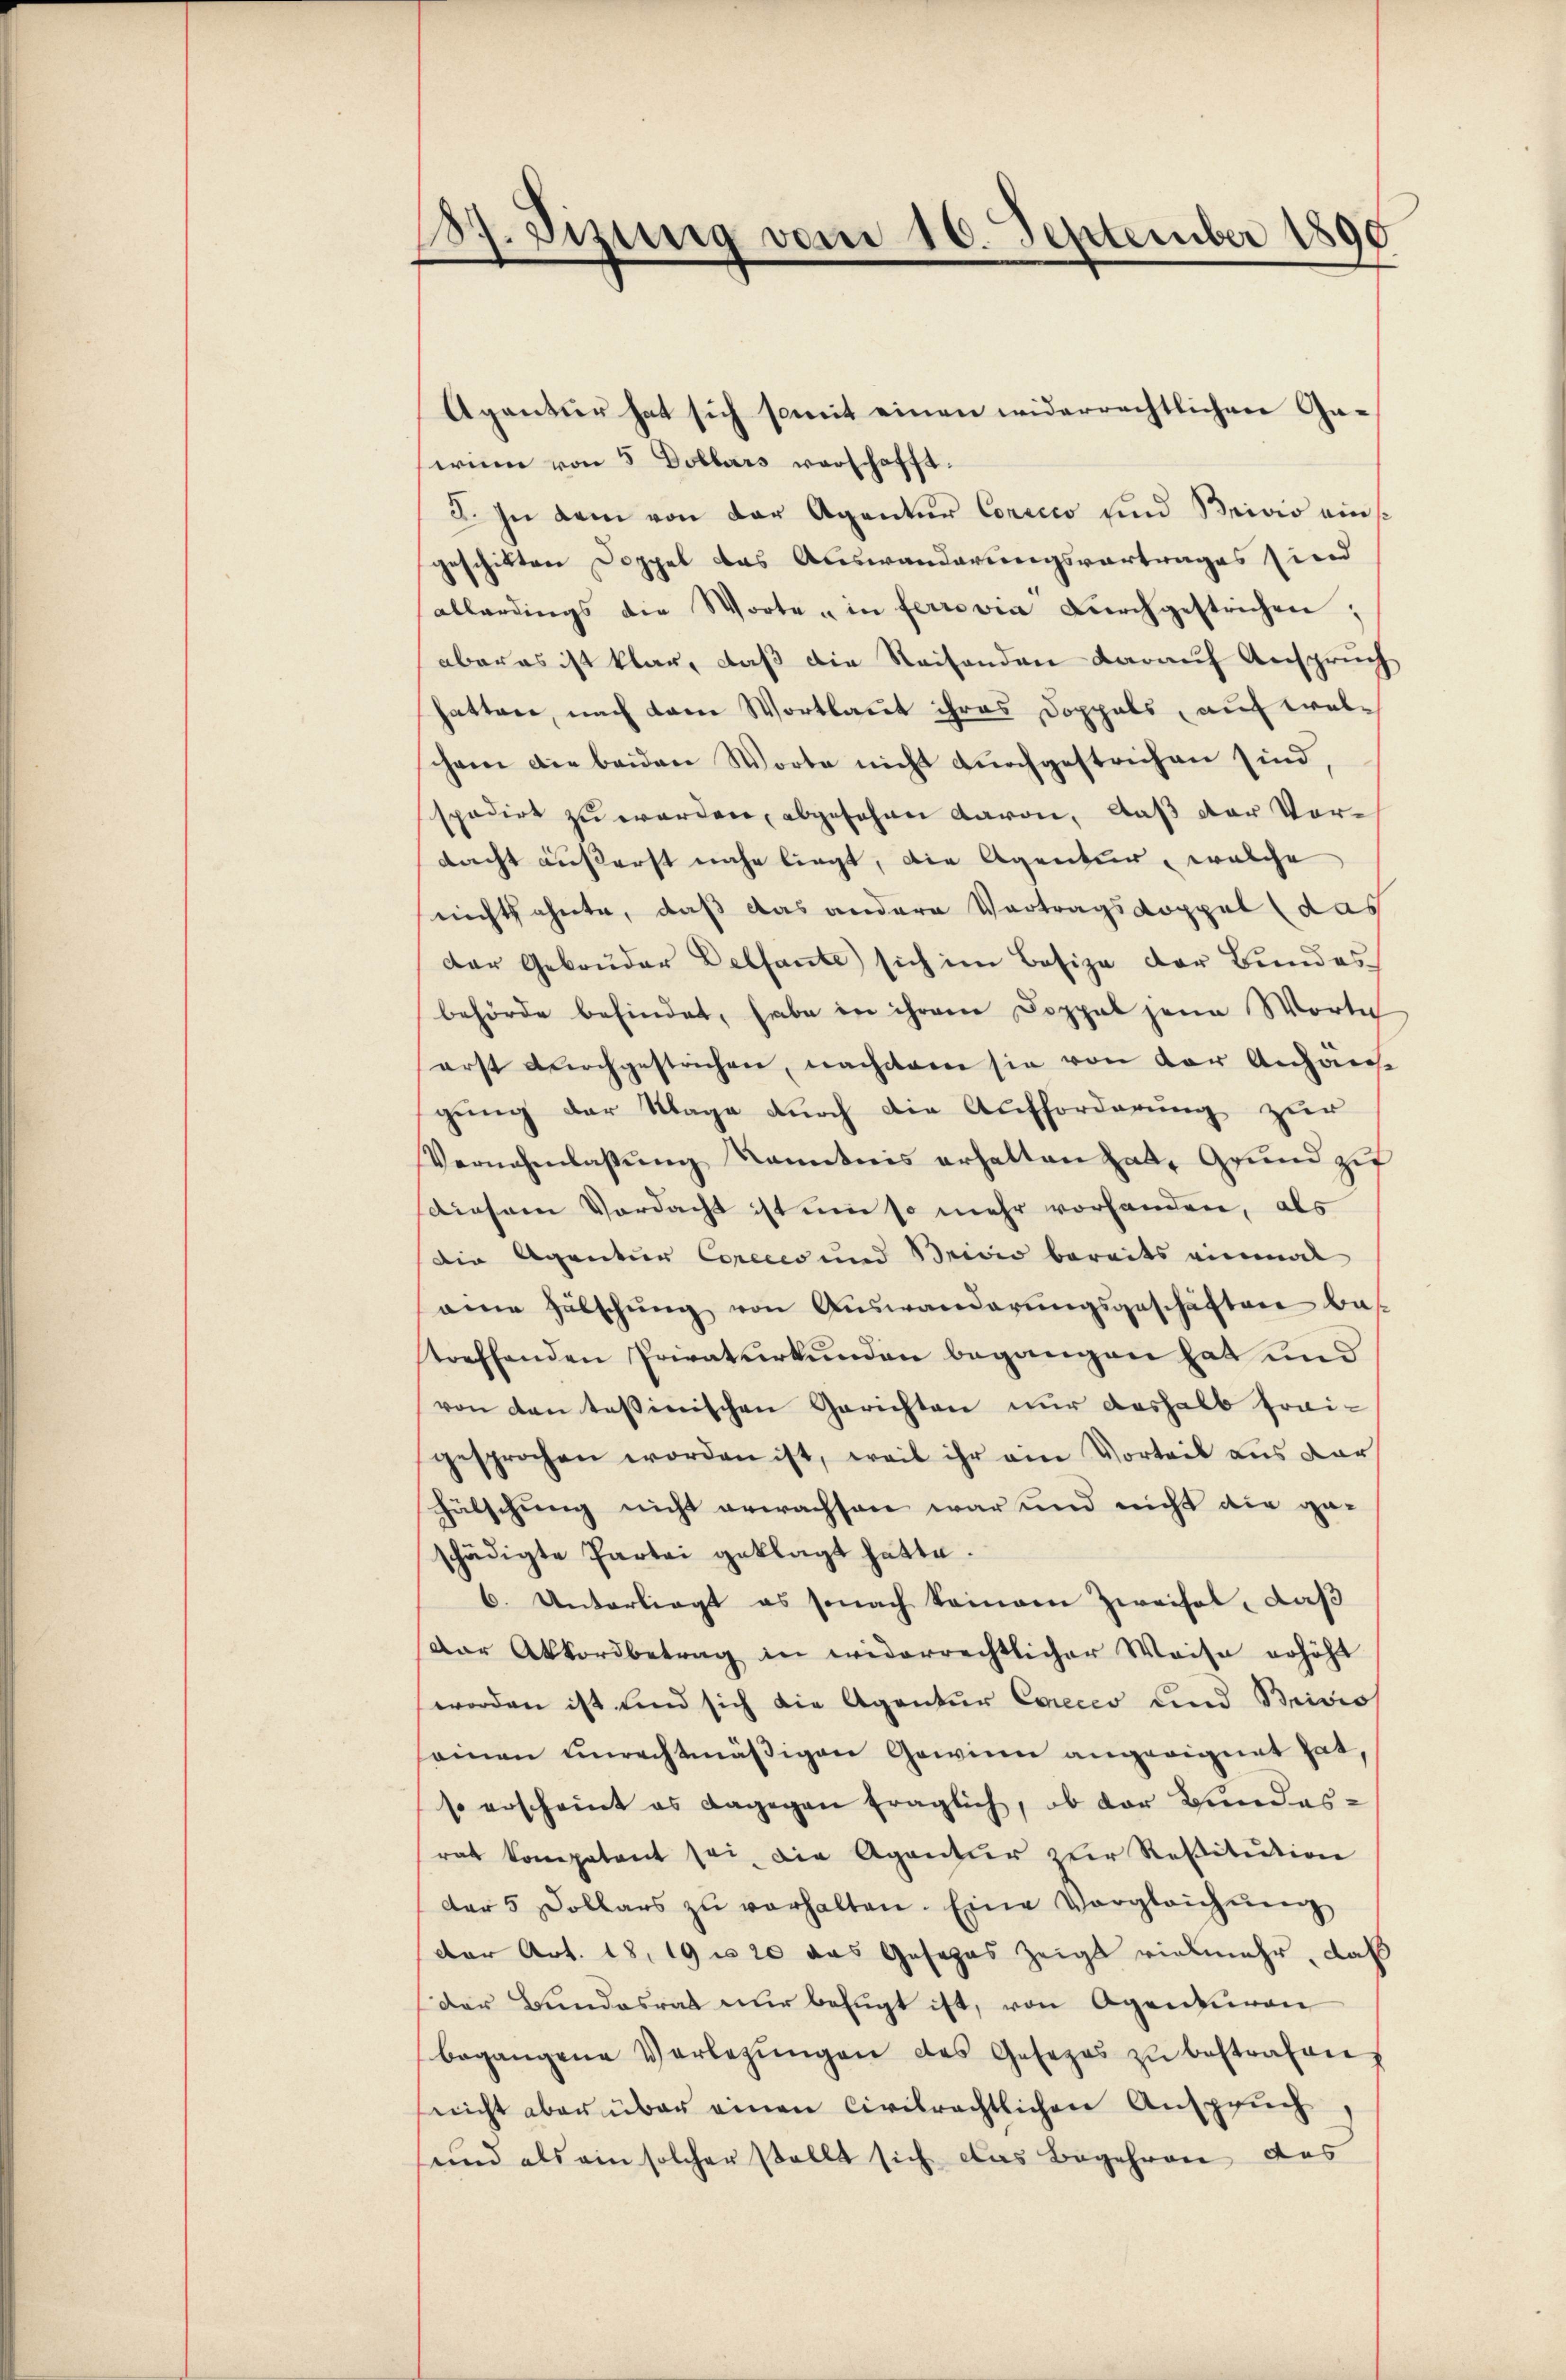
87. Sizinig vom 16. September 1890

Agentur hat sich somit einen widerrechtlichen Ga-
winn von 5 Dollars verschafft.
3. In dem von der Agentur Corsico und Brivio eins
geschikten Doppel das Auswanderungsvortrages sind
allerdings die Worte " in ferrovia Dŭrchgestrichen,
aber es ist klar, daß die Reisenden darauf Anspruch
hatten, nach dem Wortlaut ihres Doppels, auf welchem die beiden Worte nicht dŭrchgestrichen sind,
spedirt zu werden, abgesehen davon, daß der Vordacht äußerst nahe liegt, die Agentur, welche
nichtzehnte, daß das andere Vortragsdoppel (das
der Gebrüder Delfante sich im Besize der Bundes
behörde befindet, habe in ihren Doppel jene Worte
erst durchgestrichen, nachdem sie von der Anhaus
gung der Klage durch die Aufforderung zur
Vernehmlassŭng kanntnis erhalten hat, Grund zu
diesem Verdacht ist um so mehr vorhanden, als
Die Agentur Corccco und Brivio bereits einmal
aine Hülschŭng von Auswanderŭngsgeschäften Bas
treffenden Privaturkunden begangen hat und
von den tessinischen Gerichten nur deshalb frai-
gesprochen worden ist, weil ihr ein Vorteil aus dar
hälschung nicht erwachsen war und nicht die geschädigte Partei geklagt hatte.
6. Unterliegt es sonach keinem Zweifel, daß
Der Akkordbetrag in widerrechtlicher Weise erhöht
worden ist und sich die Agentur Conces und Brisio
seinen unrechtmäßigen Gewinn angeeignet hat,
so erscheint es dagegen fraglich, ob der Bundes-
rat kompetent sei. Die Agentur der Restitution
der 5 Dollars zŭ verhalten. Eine Vergleichŭng
der Art. 18, 19 n 20 das Gesezes zeigt vielmehr, daß
Der Bundesrat nur befugt ist, von Agentiren
begangene Verlegŭngen des Gesezes zŭ bestrafen.
nicht aber über einen Civilrechtlichen Anspruch,
und als ein solcher stellt sich das Begehren das